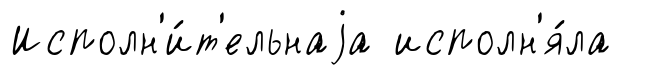
Исполн'и́т'ельнаjа исполн'я́ла